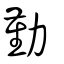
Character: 勤